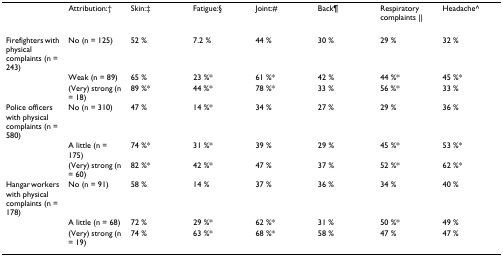
|  | Attribution:† | Skin:‡ | Fatigue:§ | Joint:# | Back¶ | Respiratory complaints || | Headache^ |
 | --- | --- | --- | --- | --- | --- | --- | --- |
 | Firefighters with physical complaints (n = 243) | No (n = 125) | 52 % | 7.2 % | 44 % | 30 % | 29 % | 32 % |
 |  | Weak (n = 89) | 65 % | 23 %* | 61 %* | 42 % | 44 %* | 45 %* |
 |  | (Very) strong (n = 18) | 89 %* | 44 %* | 78 %* | 33 % | 56 %* | 33 % |
 | Police officers with physical complaints (n = 580) | No (n = 310) | 47 % | 14 %* | 34 % | 27 % | 29 % | 36 % |
 |  | A little (n = 175) | 74 %* | 31 %* | 39 % | 29 % | 45 %* | 53 %* |
 |  | (Very) strong (n = 60) | 82 %* | 42 %* | 47 % | 37 % | 52 %* | 62 %* |
 | Hangar workers with physical complaints (n = 178) | No (n = 91) | 58 % | 14 % | 37 % | 36 % | 34 % | 40 % |
 |  | A little (n = 68) | 72 % | 29 %* | 62 %* | 31 % | 50 %* | 49 % |
 |  | (Very) strong (n = 19) | 74 % | 63 %* | 68 %* | 58 % | 47 % | 47 % |